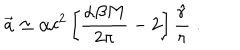
\vec { a } \simeq \alpha c ^ { 2 } \left[ \frac { \alpha \beta M } { 2 \pi } - 2 \right] \frac { \hat { r } } { r } \; .